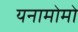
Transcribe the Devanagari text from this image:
यनामोमो